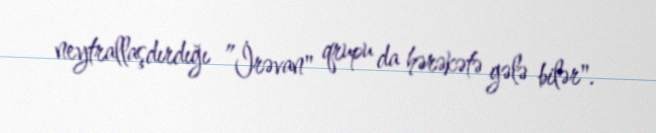
neytrallaşdırdığı ”İrəvan" qrupu da hərəkətə gələ bilər".